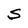
Character: S